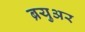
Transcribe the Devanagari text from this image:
ब्रयुअर